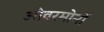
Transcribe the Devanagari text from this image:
ओवरमोनों